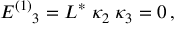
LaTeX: E ^ { ( 1 ) } { } _ { 3 } = L ^ { * } \; \kappa _ { 2 } \; \kappa _ { 3 } = 0 \, ,